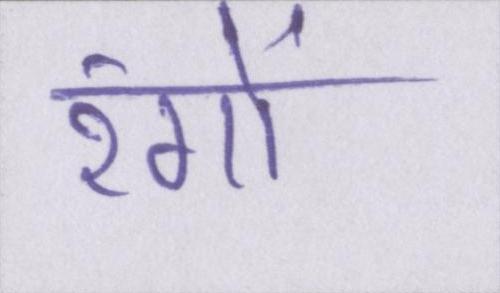
रंगों